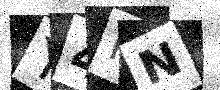
Text: Y4KN